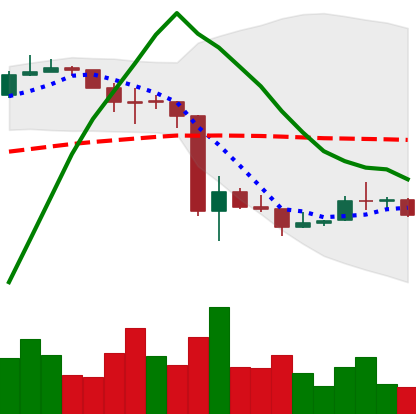
Ticker: LINK-USD
Chart end date: 2020-03-22
Forward return: 9.357%
Label: up_7plus